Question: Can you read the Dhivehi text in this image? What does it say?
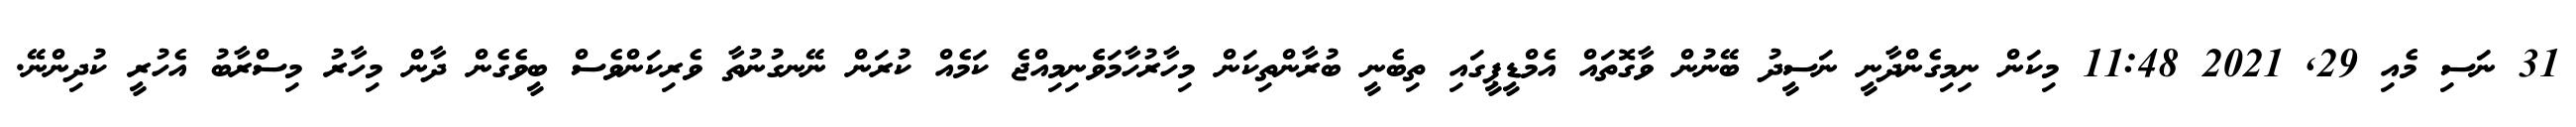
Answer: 31 ނަސި މެއި 29, 2021 11:48 މިކަން ނިމިގެންދާނީ ނަސީދު ބޭނުން ވާގޮތައް އެމްޑީޕީގައި ތިބެނީ ބުރާންތިކަން މިހާރުހާމަވެެނިމިއްޖެ ކަމެއް ކުރަން ނޭނގުނުތާ ވެރިކަންވެސް ބީވެގެން ދާން މިހާރު މިސްރާބު އެހުރީ ކުދިންނޭ.